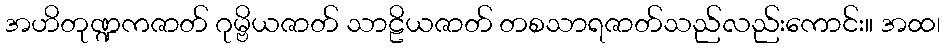
အဟိတုဏ္ဍကဇာတ် ဂုမ္ဗိယဇာတ် သာဠိယဇာတ် တစသာရဇာတ်သည်လည်းကောင်း။ အထ၊